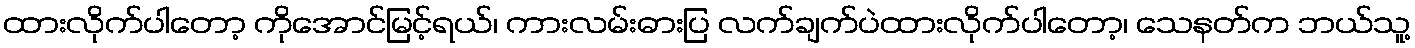
ထားလိုက်ပါတော့ ကိုအောင်မြင့်ရယ်၊ ကားလမ်းဓားပြ လက်ချက်ပဲထားလိုက်ပါတော့၊ သေနတ်က ဘယ်သူ့